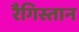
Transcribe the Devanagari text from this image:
रैगिस्तान